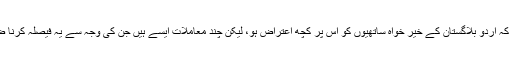
ہو سکتا ہے کہ اردو بلاگستان کے خیر خواہ ساتھیوں کو اس پر کچھ اعتراض ہو، لیکن چند معاملات ایسے ہیں جن کی وجہ سے یہ فیصلہ کرنا ضروری تھا۔